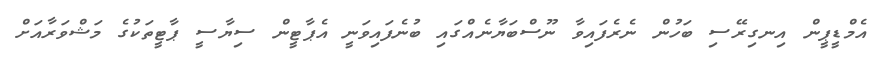
އެމްޑީޕީން އިނގިރޭސި ބަހުން ނެރެފައިވާ ނޫސްބަޔާނެއްގައި ބުނެފައިވަނީ އެޕާޓީން ސިޔާސީ ޕާޓީތަކުގެ މަޝްވަރާއަށް